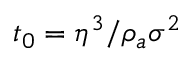
t _ { 0 } = \eta ^ { 3 } / \rho _ { a } \sigma ^ { 2 }